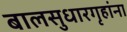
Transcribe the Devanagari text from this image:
बालसुधारगृहांना